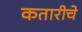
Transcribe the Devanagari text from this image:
कतारीचे